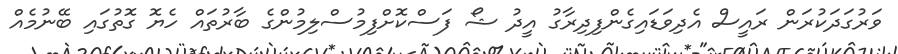
ވަރުގަދަކުރަން ރައީސް އެދިވަޑައިގެންފިދިރާގު އީދު ޝޯ ފަސްކޮށްފިމުސްލިމުންގެ ބާރުތައް ހެޔޮ ގޮތުގައި ބޭނުމެއް